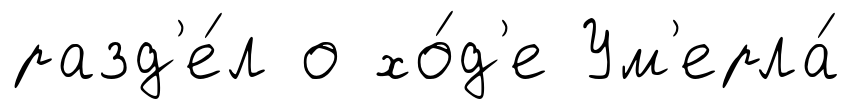
разд'е́л о хо́д'е Ум'ерла́